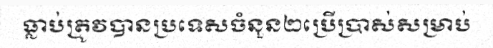
ធ្លាប់ត្រូវបានប្រទេសចំនួន២ប្រើប្រាស់សម្រាប់